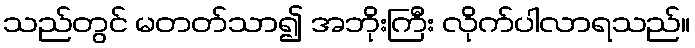
သည်တွင် မတတ်သာ၍ အဘိုးကြီး လိုက်ပါလာရသည်။